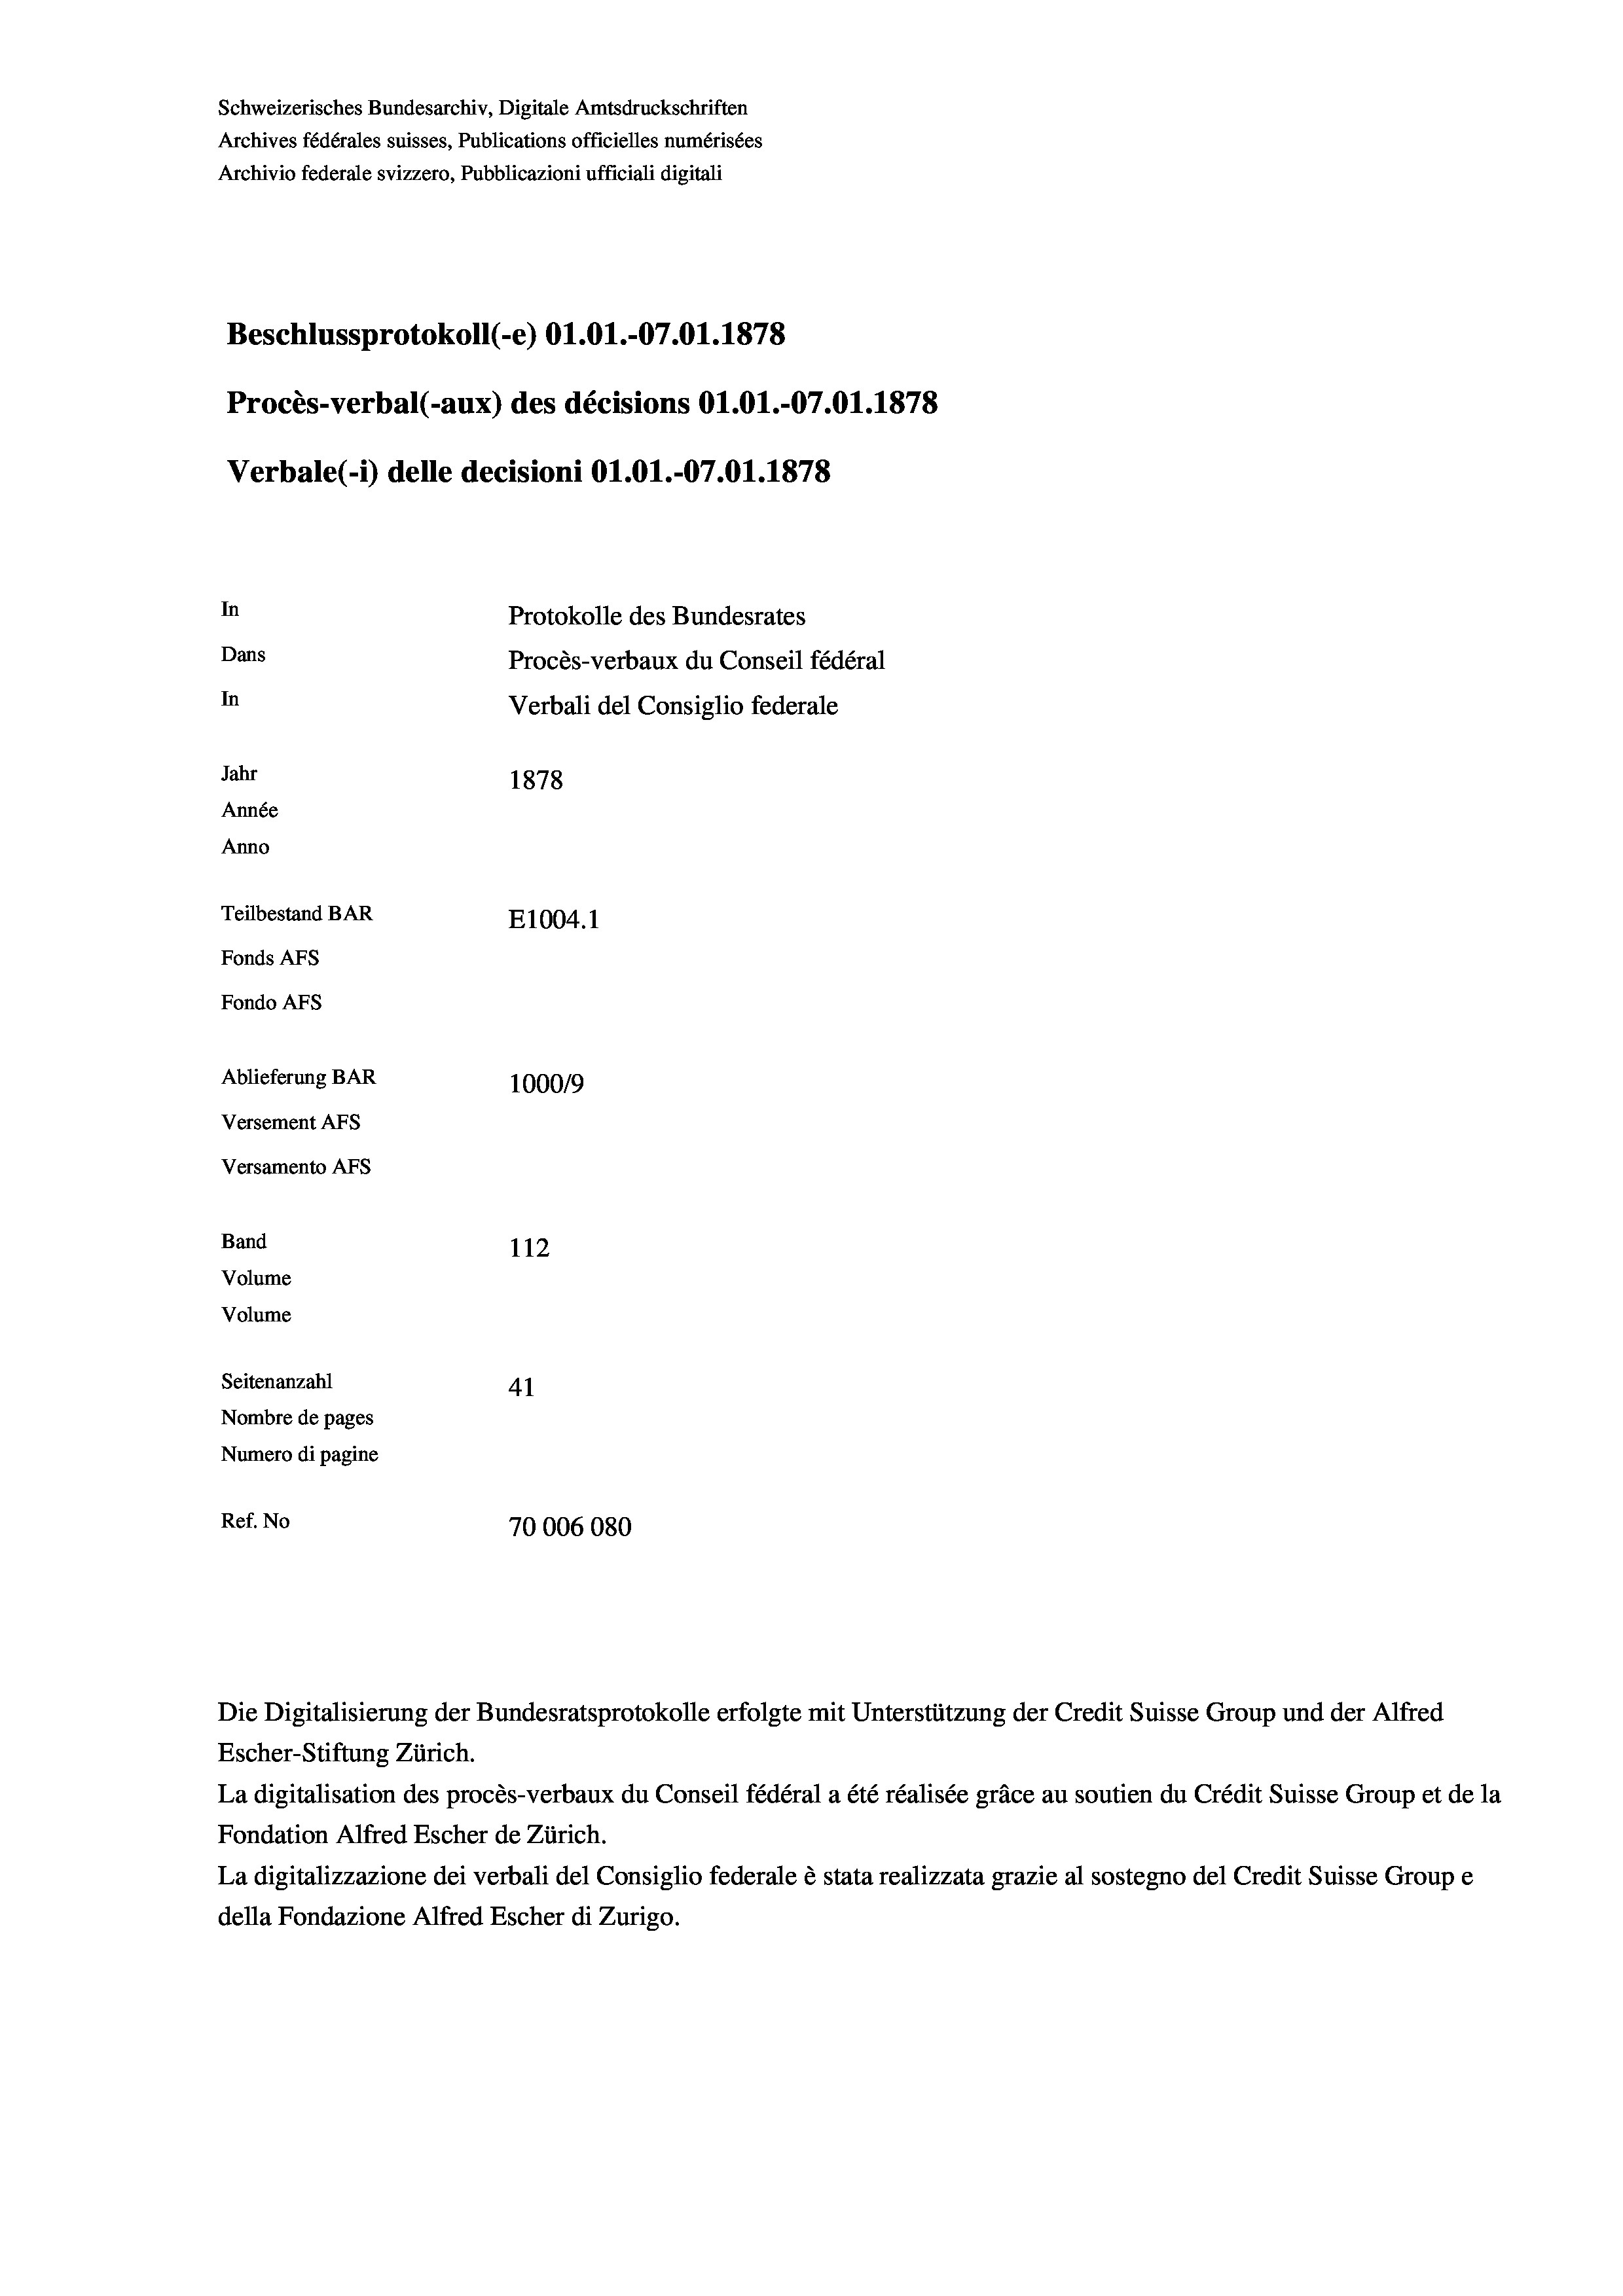
Schweizerisches Bundesarchiv, Digitale Amtsdruckschriften
Archives fédérales suisses, Publications officielles numérisées
Archivio federale svizzero, Pubblicazioni ufficiali digitali
Beschlussprotokoll (-e) Ol.01.-07.01. 1878
Procès-verbal (-aux) des décisions O1.01.-07.01. 1878
Verbale(-*) delle decisioni O1.01.-07.01. 1878
In
Protokolle des Bundesrates
Dans
Procès-verbaux du Conseil fédéral
In
Verbali del Consiglio federale
Jahr
1878
Année
Anno
Teilbestand BAR
E1004. 1
Fonds AFs
Fondo Afs
Ablieferung BAR
100019
Versement AFs
Versamento AFs
Band
112
Volume
Volume
Seitenanzahl
41
Nombre de pages
Numero di pagine
Ref. No
70006080

Escher-Stiftung Zürich.
La digitalisation des procès-verbaux du Conseil fédéral a été réalisée gräce au soutien du Crédit Suisse Group et de la
Fondation Alfred Escher de Zürich.
La digitalizzazione dei verbali del Consiglio federale è stata realizzata grazie al sostegno del Credit Suisse Groupe
della Fondazione Alfred Escher di Zurigo.

Die Digitalisierung der Bundesratsprotokolle erfolgte mit Unterstützung der Credit Suisse Group und der Alfred